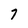
Character: 7